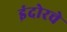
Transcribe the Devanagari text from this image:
इंदोरचे